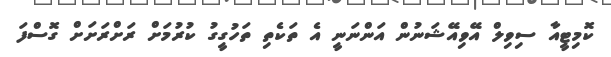
ކޮމިޓީއާ ސިވިލް އޭވިއޭޝަނުން އަންނަނީ އެ ތަކެތި ތަހުގީގު ކުރުމަށް ރަށްރަށަށް ގޮސްފަ